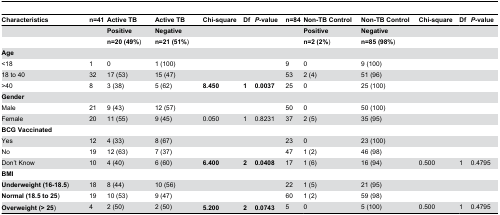
<table><thead><tr><td><b>Characteristics</b></td><td><b>n=41</b></td><td><b>Active TB</b></td><td><b>Active TB</b></td><td><b>Chi-square</b></td><td><b>Df</b></td><td><b><i>P</i>-value</b></td><td><b>n=84</b></td><td><b>Non-TB Control</b></td><td><b>Non-TB Control</b></td><td><b>Chi-square</b></td><td><b>Df</b></td><td><b><i>P</i>-value</b></td></tr></thead><tbody><tr><td></td><td></td><td><b>Positive</b></td><td><b>Negative</b></td><td></td><td></td><td></td><td></td><td><b>Positive</b></td><td><b>Negative</b></td><td></td><td></td><td></td></tr><tr><td></td><td></td><td><b>n=20 (49%</b>)</td><td><b>n=21 (51%</b>)</td><td></td><td></td><td></td><td></td><td><b>n=2 (2%</b>)</td><td><b>n=85 (98%</b>)</td><td></td><td></td><td></td></tr><tr><td><b>Age</b></td><td></td><td></td><td></td><td></td><td></td><td></td><td></td><td></td><td></td><td></td><td></td><td></td></tr><tr><td>&lt;18</td><td>1</td><td>0</td><td>1 (100)</td><td></td><td></td><td></td><td>9</td><td>0</td><td>9 (100)</td><td></td><td></td><td></td></tr><tr><td>18 to 40</td><td>32</td><td>17 (53)</td><td>15 (47)</td><td></td><td></td><td></td><td>53</td><td>2 (4)</td><td>51 (96)</td><td></td><td></td><td></td></tr><tr><td>&gt;40</td><td>8</td><td>3 (38)</td><td>5 (62)</td><td><b>8.450</b></td><td><b>1</b></td><td><b>0.0037</b></td><td>25</td><td>0</td><td>25 (100)</td><td></td><td></td><td></td></tr><tr><td><b>Gender</b></td><td></td><td></td><td></td><td></td><td></td><td></td><td></td><td></td><td></td><td></td><td></td><td></td></tr><tr><td>Male</td><td>21</td><td>9 (43)</td><td>12 (57)</td><td></td><td></td><td></td><td>50</td><td>0</td><td>50 (100)</td><td></td><td></td><td></td></tr><tr><td>Female</td><td>20</td><td>11 (55)</td><td>9 (45)</td><td>0.050</td><td>1</td><td>0.8231</td><td>37</td><td>2 (5)</td><td>35 (95)</td><td></td><td></td><td></td></tr><tr><td><b>BCG Vaccinated</b></td><td></td><td></td><td></td><td></td><td></td><td></td><td></td><td></td><td></td><td></td><td></td><td></td></tr><tr><td>Yes</td><td>12</td><td>4 (33)</td><td>8 (67)</td><td></td><td></td><td></td><td>23</td><td>0</td><td>23 (100)</td><td></td><td></td><td></td></tr><tr><td>No</td><td>19</td><td>12 (63)</td><td>7 (37)</td><td></td><td></td><td></td><td>47</td><td>1 (2)</td><td>46 (98)</td><td></td><td></td><td></td></tr><tr><td>Don’t Know</td><td>10</td><td>4 (40)</td><td>6 (60)</td><td><b>6.400</b></td><td><b>2</b></td><td><b>0.0408</b></td><td>17</td><td>1 (6)</td><td>16 (94)</td><td>0.500</td><td>1</td><td>0.4795</td></tr><tr><td><b>BMI</b></td><td></td><td></td><td></td><td></td><td></td><td></td><td></td><td></td><td></td><td></td><td></td><td></td></tr><tr><td><b>Underweight (16-18.5</b>)</td><td>18</td><td>8 (44)</td><td>10 (56)</td><td></td><td></td><td></td><td>22</td><td>1 (5)</td><td>21 (95)</td><td></td><td></td><td></td></tr><tr><td><b>Normal (18.5 to 25</b>)</td><td>19</td><td>10 (53)</td><td>9 (47)</td><td></td><td></td><td></td><td>60</td><td>1 (2)</td><td>59 (98)</td><td></td><td></td><td></td></tr><tr><td><b>Overweight (&gt; 25</b>)</td><td>4</td><td>2 (50)</td><td>2 (50)</td><td><b>5.200</b></td><td><b>2</b></td><td><b>0.0743</b></td><td>5</td><td>0</td><td>5 (100)</td><td>0.500</td><td>1</td><td>0.4795</td></tr></tbody></table>